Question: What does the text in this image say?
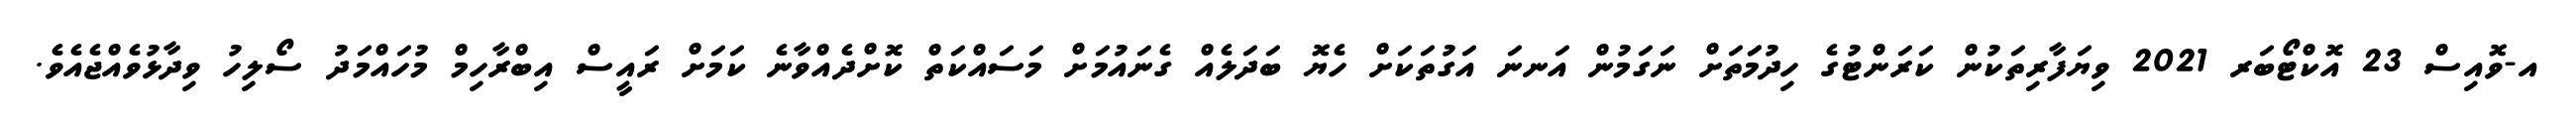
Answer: އ-ވޮއިސް 23 އޮކްޓޯބަރ 2021 ވިޔަފާރިތަކުން ކަރަންޓުގެ ހިދުމަަތަށް ނަގަމުން އަނނަ އަގުތަކަށް ހެޔޮ ބަދަލެއް ގެނައުމަށް މަސައްކަތް ކޮށްދެއްވާނެ ކަމަށް ރައީސް އިބްރާހިމް މުހައްމަދު ސޯލިހު ވިދާޅުވެއްޖެއެވެ.